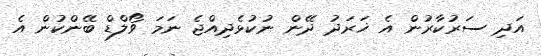
އަދި ސަރުކާރުން އެ ޚަރަދު ދޭން ނުކުޅެދިއްޖެ ނަމަ ވޯލްޑް ބޭންކުން އެ